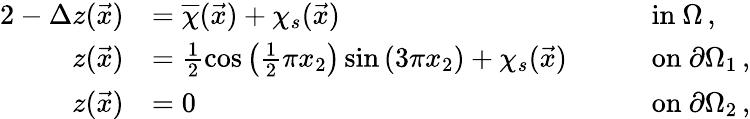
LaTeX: \begin{array}{rlrl}{{2}-\Delta z(\vec{x})}&{=\overline{{\chi}}(\vec{x})+\chi_{s}(\vec{x})\quad}&&{\mathrm{in~}\Omega\, ,}\\ {z(\vec{x})}&{=\frac{1}{2}\cos\left(\frac{1}{2}\pi x_{2}\right)\sin\left(3\pi x_{2}\right)+\chi_{s}(\vec{x})\quad}&&{\mathrm{on~}\partial\Omega_{1}\, ,}\\ {z(\vec{x})}&{=0\quad}&&{\mathrm{on~}\partial\Omega_{2}\, ,}\end{array}